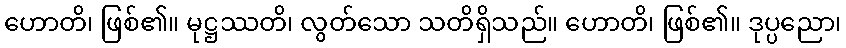
ဟောတိ၊ ဖြစ်၏။ မုဋ္ဌဿတိ၊ လွတ်သော သတိရှိသည်။ ဟောတိ၊ ဖြစ်၏။ ဒုပ္ပညော၊